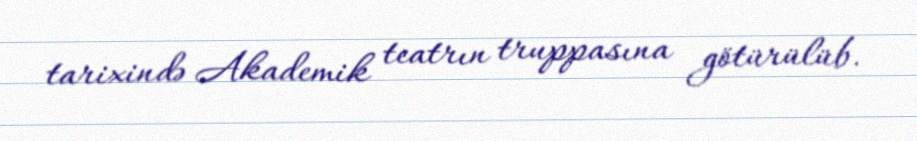
tarixində Akademik teatrın truppasına götürülüb.